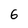
Character: 6